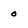
Character: 0